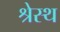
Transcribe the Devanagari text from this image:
श्रेस्थ